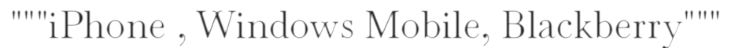
"""iPhone , Windows Mobile, Blackberry"""